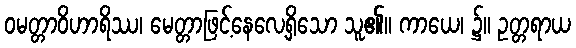
ဝမတ္တာဝိဟာရိဿ၊ မေတ္တာဖြင့်နေလေ့ရှိသော သူ၏။ ကာယေ၊ ၌။ ဥတ္တရာယ